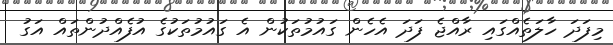
މިފަދަ ހާލަތެއްގައި ރާއްޖެ ފަދަ އެހެން ގައުމުތަކުން އެ ގައުމުތަކުގެ އުފެއްދުންތައް އަގު